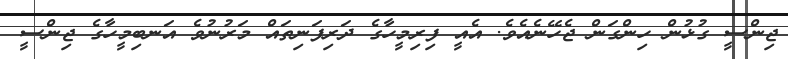
ޖިންސީ ގުޅުން ހިންގަން ޖެހޭނެއެވެ. އެއީ ފިރިމީހާގެ ދަރިފަނިތައް މަރުނުވެ އަނބިމީހާގެ ޖިންސީ